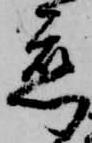
恋